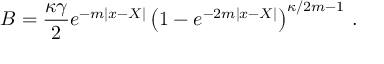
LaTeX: B = { \frac { \kappa \gamma } { 2 } } e ^ { - m | x - X | } \left( 1 - e ^ { - 2 m | x - X | } \right) ^ { \kappa / 2 m - 1 } \, .